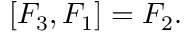
[ F _ { 3 } , F _ { 1 } ] = F _ { 2 } .